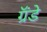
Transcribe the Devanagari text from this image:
ग्रॅंडे